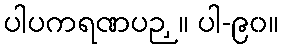
ပါပကရဏပဉှ။ ပါ-၉၀။